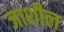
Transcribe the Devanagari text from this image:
जाशील